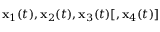
{ \mathbf x } _ { 1 } ( t ) , { \mathbf x } _ { 2 } ( t ) , { \mathbf x } _ { 3 } ( t ) [ , { \mathbf x } _ { 4 } ( t ) ]